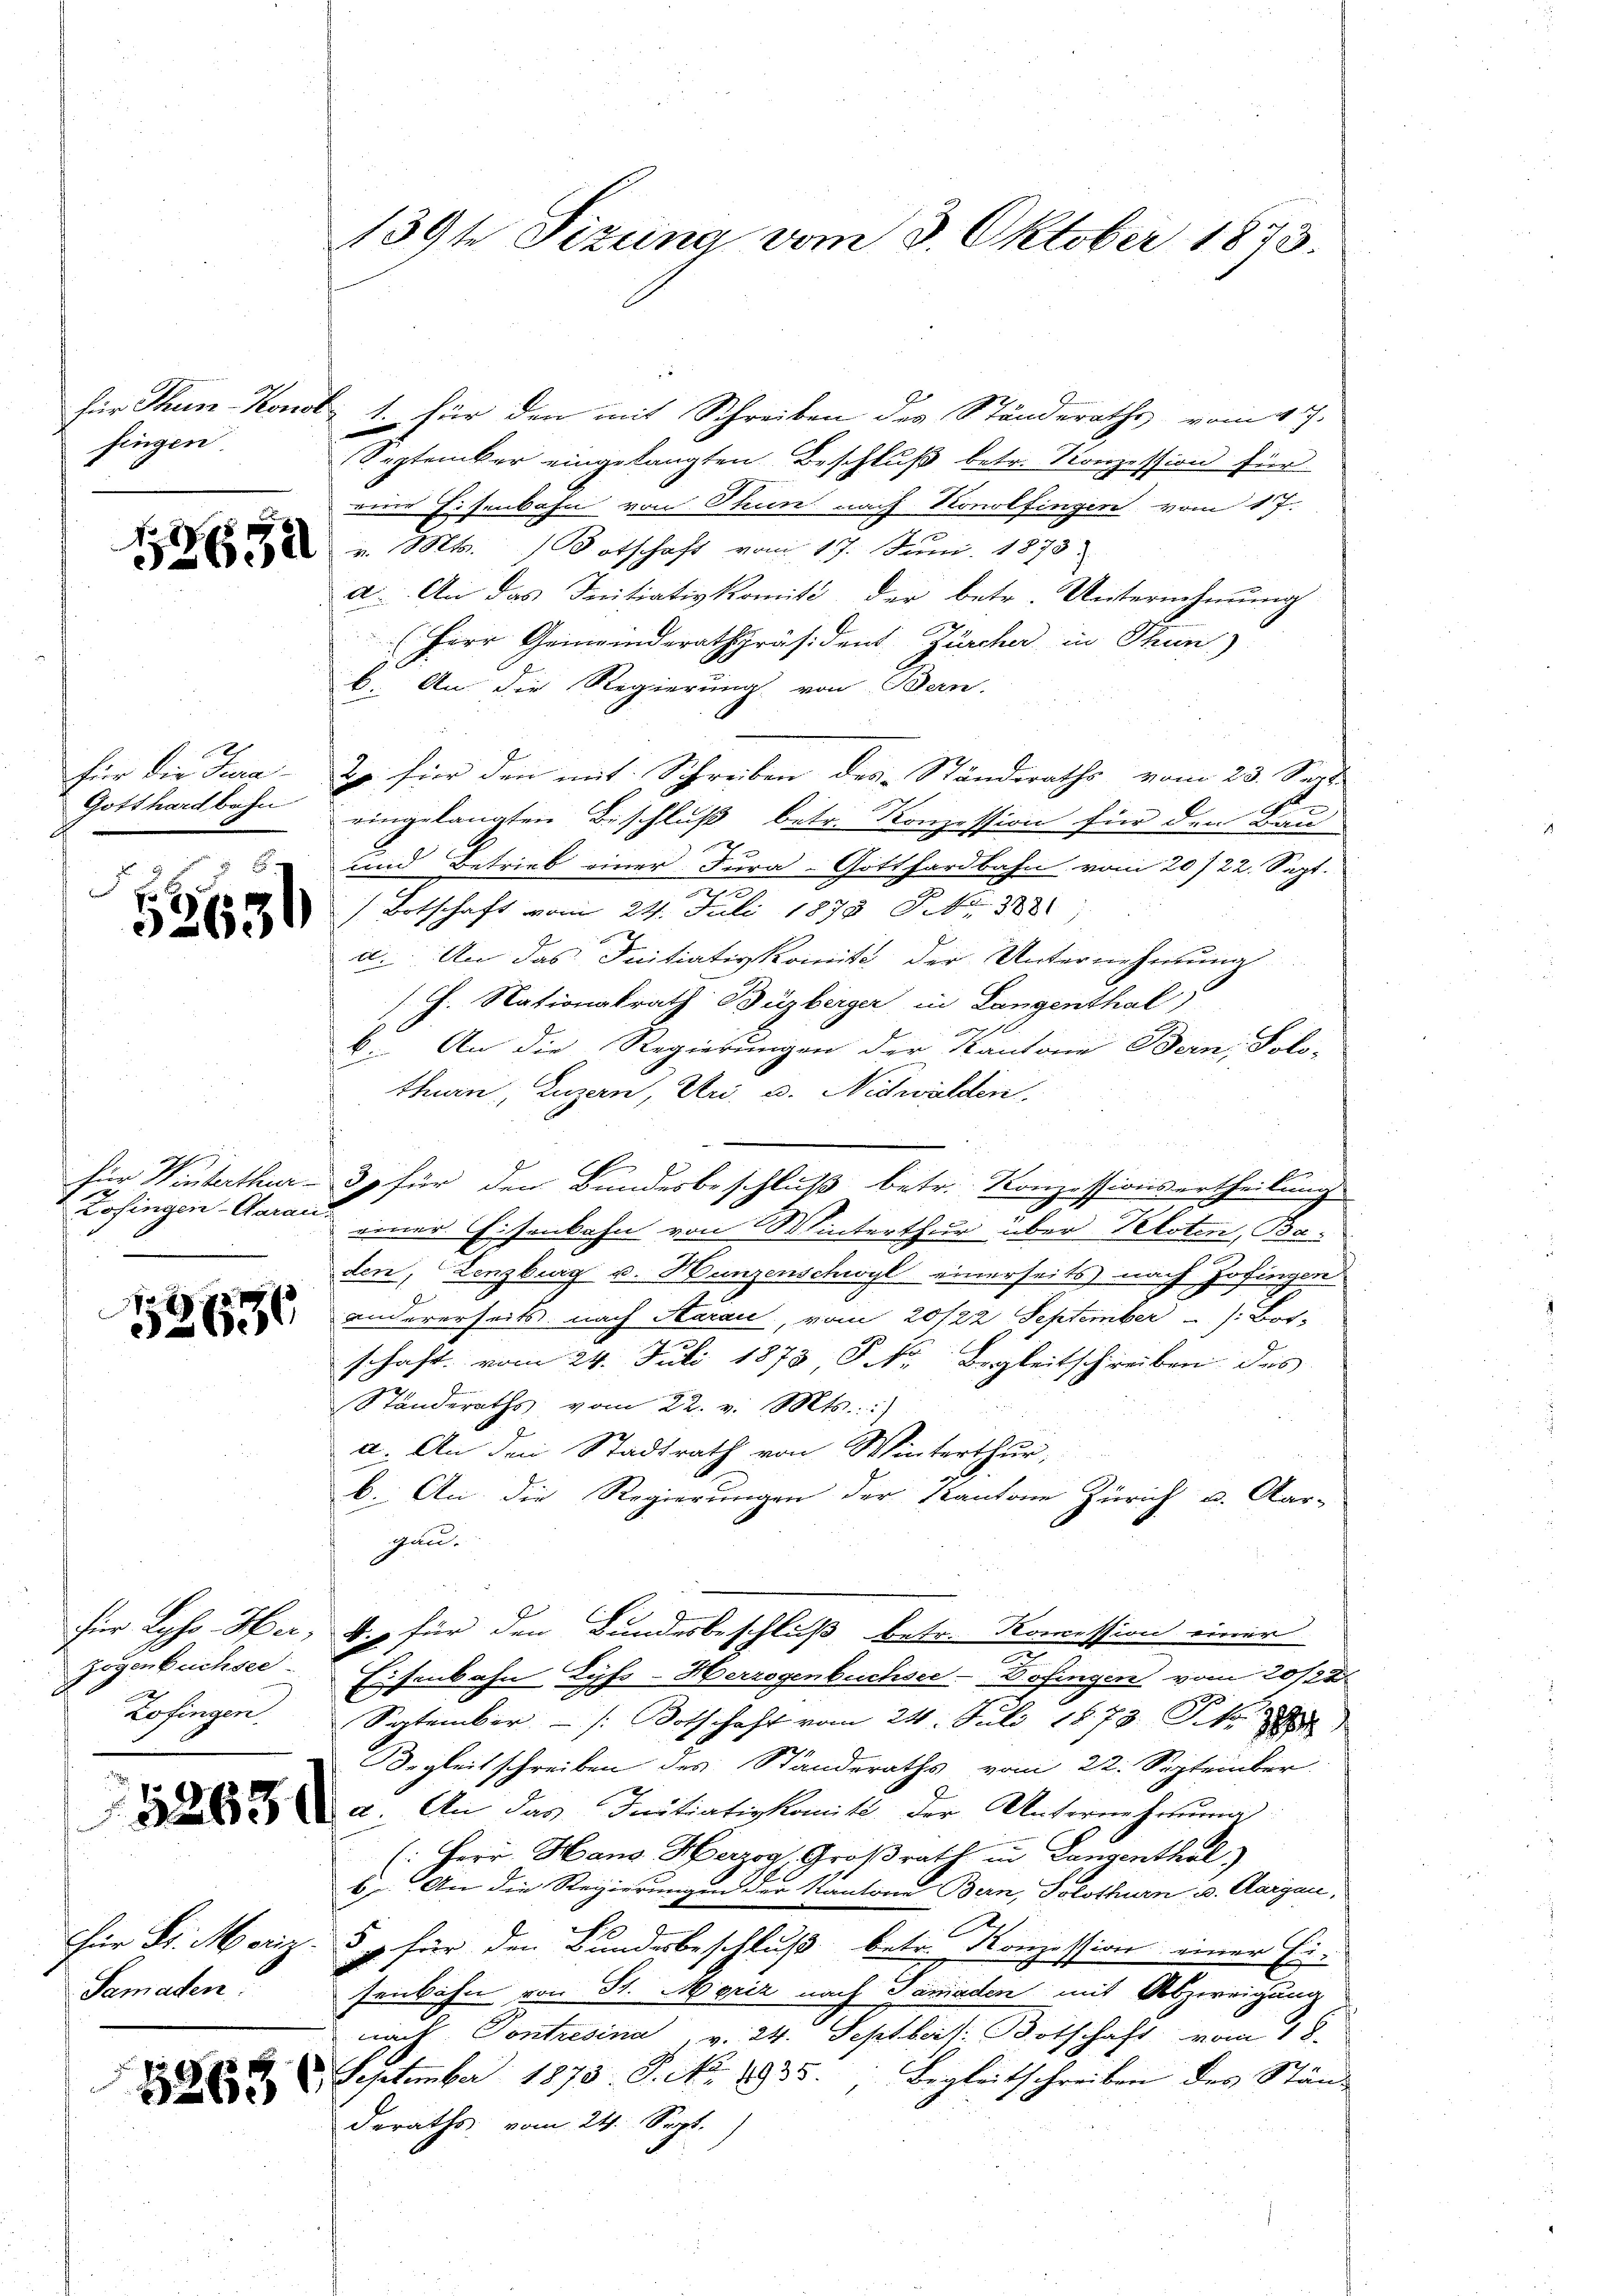
fingen.

e
für die Jura¬
Gotthardbahn
.
N 3

r
Zofingen-Carari.

Zogenbüchsee
2
Zofingen.
Samaden.

139te Sitzung vom 3. Oktober 1873.

für Thun-Konol: 1. für den mit Schreiben des Ständeraths vom 17.
September eingelangten Beschluß betr. Konzession für
eine Eisenbahn von Thun nach Konolfingen vom 17.
 v. Mts. Botschaft vom 17. Juni 1873.)
a. An das Initiativkomité, der betr. Unternehmung
Herr Gemeinderathspräsident Zürcher in Thun)
b. An die Regierung von Bern.
o für den mit Schreiben des Ständeraths vom 23. Sept.
eingelangten Beschluß betr. Konzession für den Bau
und Betrieb einer Fura-Gotthardbahn vom 20/22. Sept.
Totschaft vom 24. Juli 1879 Febr. 1881
a. Um das Initiativkomit der Unternehmung
(C. Nationalrath Büzberger in Langenthal
b. An die Regierungen der Kantone Bern, Solo-
thurn, Luzern, Uri, u. Nidwalden.
für Winterthur 3 für den Bundesbeschluß betr. Konzessionsertheilung
einer Eisenbahn von Winterthur über Petsten, Ba-
den, Lenzburg u. Hunzenschwyl einerseits nach Zofingen
 andererseits nach Stein, vom 20/22 September  /: Bor.
schaft vom 24. Juli 1873 Skr. Begleitschreiben des
Standeraths vom 22. v. Mts.:)
a. An den Stadtrath von Winterthur,
b. An die Regierungen der Kantone Zürich u. Aar-
Gunde
für Lyso-Her, 4. für den Bundesbeschluß betr. Komession einer
Eisenbahn Lyss-Herregenbuchsee-Dofingen vom 20/22
September  /: Roth haft vom 24. Juli 1873 Sekr.
Orgleitschreiben des Standeraths vom 22. September
 2. An das Initiativkomit der Abschivenhaueng
: Herr Hans Herzog, Großrath in Langenthal)
b. An die Regierungen der Kantone Bern, Solothurn u. Aargau,
e
Für Dr. Moriz § 1 für den Bundesbeschluß betr. Konzession einer Ei-
senbahn von St. Moriz nach Tamaden mit Abzweigung
nach Contresina, v. 24. Septbeis: Botschaft vom 18.
 2. September 1875. P. No. 1935. Begleitschreiben der Ständ
deraths vom 24. Sept.)